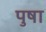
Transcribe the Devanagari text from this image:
पुषा